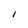
Character: I